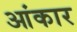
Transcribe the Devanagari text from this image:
आंकार